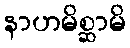
နာဟမိစ္ဆာမိ